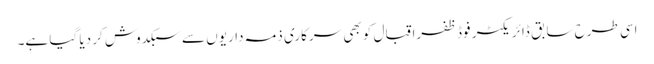
اسی طرح سابق ڈائریکٹر فوڈ ظفراقبال کو بھی سرکاری ذمہ داریوں سے سبکدوش کر دیا گیا ہے۔